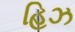
હિઝ